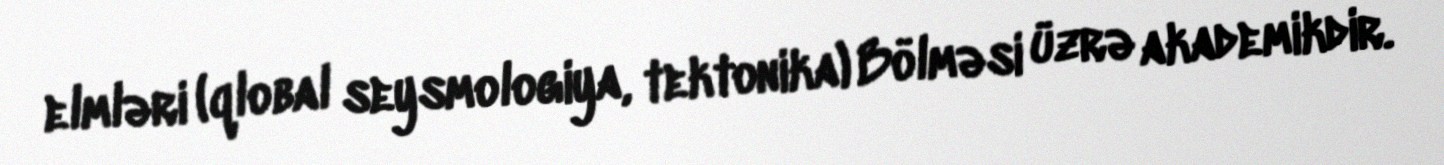
elmləri (qlobal seysmologiya, tektonika) Bölməsi üzrə akademikdir.